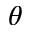
\theta